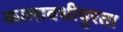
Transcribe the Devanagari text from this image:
कालावधीपुरता